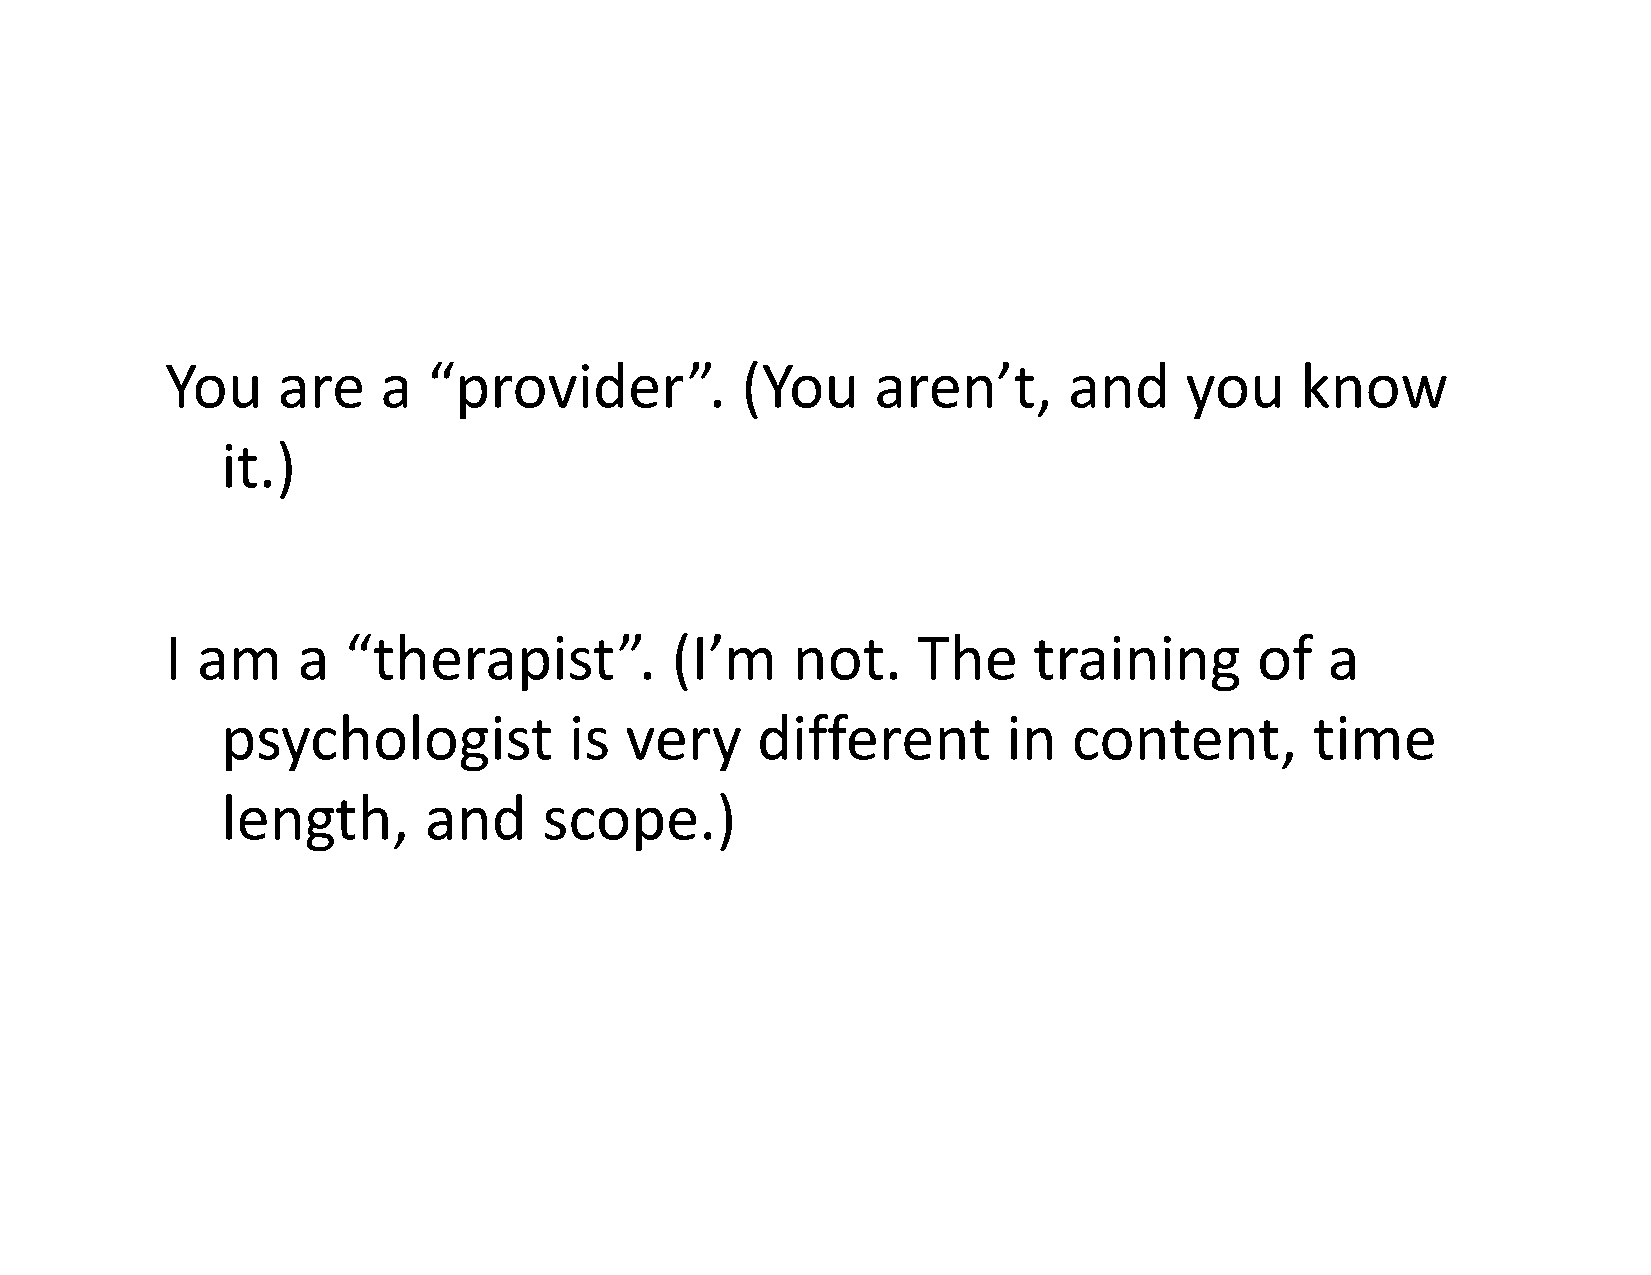
You    are    a  “provider”.          (You     aren’t,      and    you     know
 it.)
 I am     a  “therapist”.         (I’m    not.     The    training       of   a
 psychologist           is very     different        in  content,        time
 length,      and     scope.)